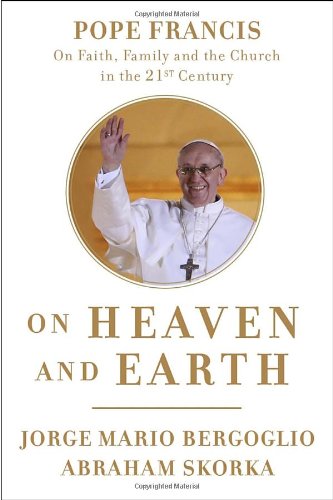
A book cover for On Heaven and Earth: Pope Francis on Faith, Family, and the Church in the Twenty-First Century; Jorge Mario Bergoglio; Christian Books & Bibles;